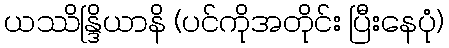
ယဿိန္ဒြိယာနိ (ပင်ကိုအတိုင်း ပြီးနေပုံ)